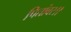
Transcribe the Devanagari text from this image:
पितांबर।।